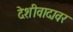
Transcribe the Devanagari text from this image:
देशीवादावर